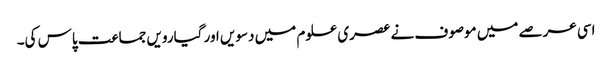
اسی عرصے میں موصوف نے عصری علوم میں دسویں اور گیارویں جماعت پاس کی۔